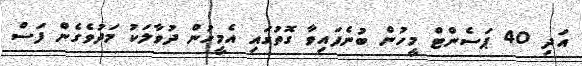
އަދި 40 ޕަސެންޓް މީހުން ބުނެފައިވާ ގޮތުގައި އެމީހުން ދުވާލަކު މަދުވެގެން ފަސް